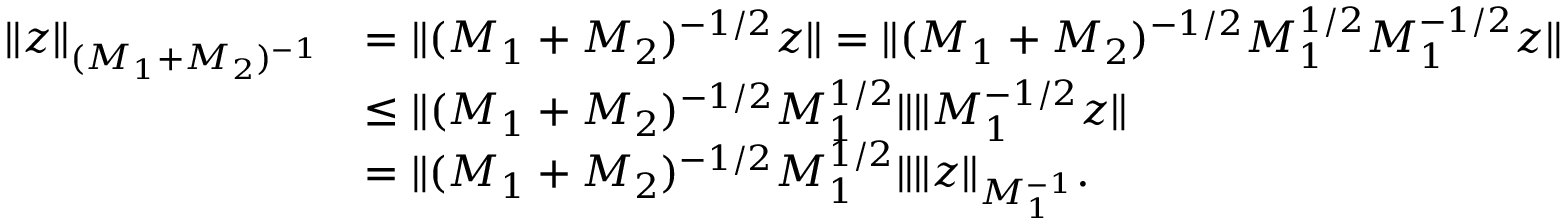
\begin{array} { r l } { \Vert z \Vert _ { ( M _ { 1 } + M _ { 2 } ) ^ { - 1 } } } & { = \Vert ( M _ { 1 } + M _ { 2 } ) ^ { - 1 / 2 } z \Vert = \Vert ( M _ { 1 } + M _ { 2 } ) ^ { - 1 / 2 } M _ { 1 } ^ { 1 / 2 } M _ { 1 } ^ { - 1 / 2 } z \Vert } \\ & { \leq \Vert ( M _ { 1 } + M _ { 2 } ) ^ { - 1 / 2 } M _ { 1 } ^ { 1 / 2 } \Vert \Vert M _ { 1 } ^ { - 1 / 2 } z \Vert } \\ & { = \Vert ( M _ { 1 } + M _ { 2 } ) ^ { - 1 / 2 } M _ { 1 } ^ { 1 / 2 } \Vert \Vert z \Vert _ { M _ { 1 } ^ { - 1 } } . } \end{array}